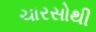
ચારસોથી